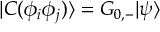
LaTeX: | C ( \phi _ { i } \phi _ { j } ) \rangle = G _ { 0 , - } | \psi \rangle